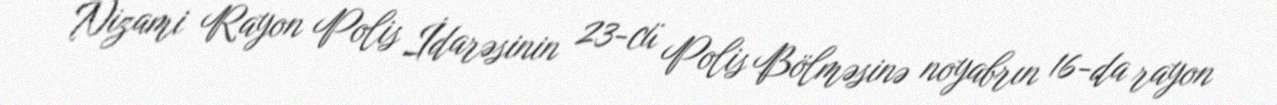
Nizami Rayon Polis İdarəsinin 23-cü Polis Bölməsinə noyabrın 16-da rayon